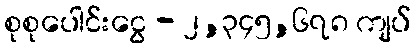
စုစုပေါင်းငွေ - ၂,၃၄၅,၆၇၈ ကျပ်